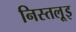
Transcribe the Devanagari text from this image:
निस्तल्रूइ